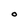
Character: O